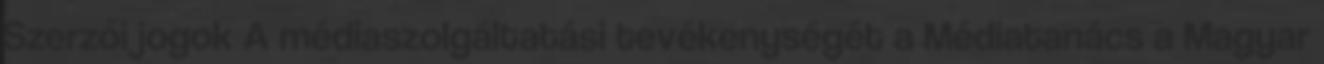
Szerzői jogok A médiaszolgáltatási tevékenységét a Médiatanács a Magyar